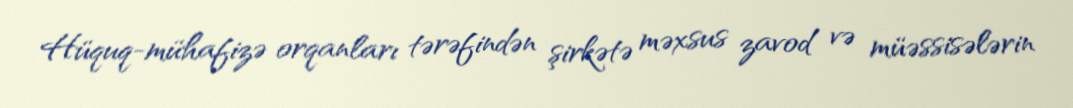
Hüquq-mühafizə orqanları tərəfindən şirkətə məxsus zavod və müəssisələrin